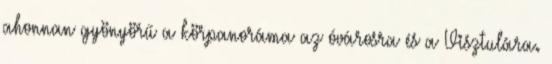
ahonnan gyönyörű a körpanoráma az óvárosra és a Visztulára.